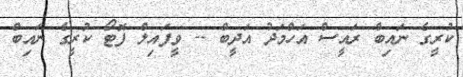
ކުރީގެ ނައިބް ރައީސް އަހްމަދު އަދީބް -- ވީފައިލް ފޮޓޯ ކުރީގެ ނައިބް